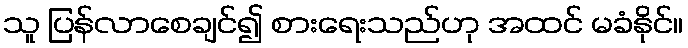
သူ ပြန်လာစေချင်၍ စားရေးသည်ဟု အထင် မခံနိုင်။